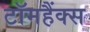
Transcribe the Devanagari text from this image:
टॉमहैंक्स